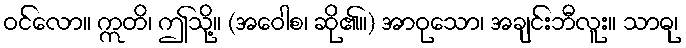
ဝင်လော။ ဣတိ၊ ဤသို့။ (အဝေါစ၊ ဆို၏။) အာဝုသော၊ အချင်းဘီလူး။ သာဓု၊